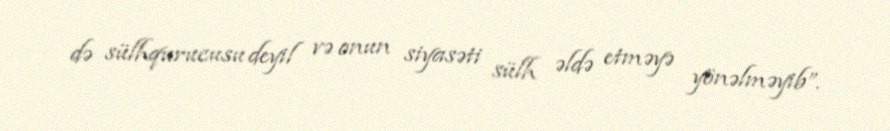
də sülhqurucusu deyil və onun siyasəti sülh əldə etməyə yönəlməyib”.